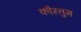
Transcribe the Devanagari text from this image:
कौस्तुम